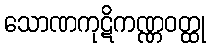
သောဏကုဋိကဏ္ဏဝတ္ထု